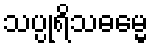
သပ္ပုရိသဓမ္မေ